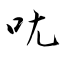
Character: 𫝘